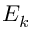
E _ { k }